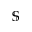
\mathbb { S }